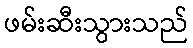
ဖမ်းဆီးသွားသည်